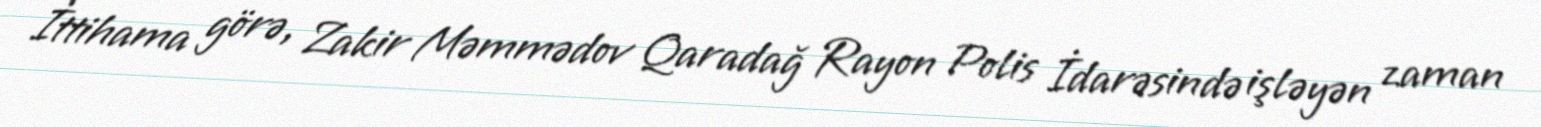
İttihama görə, Zakir Məmmədov Qaradağ Rayon Polis İdarəsində işləyən zaman